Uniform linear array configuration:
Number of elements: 4
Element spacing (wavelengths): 0.75
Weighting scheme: cosine
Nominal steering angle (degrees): -30
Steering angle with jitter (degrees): -30.055
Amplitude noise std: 0.05
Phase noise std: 0.05

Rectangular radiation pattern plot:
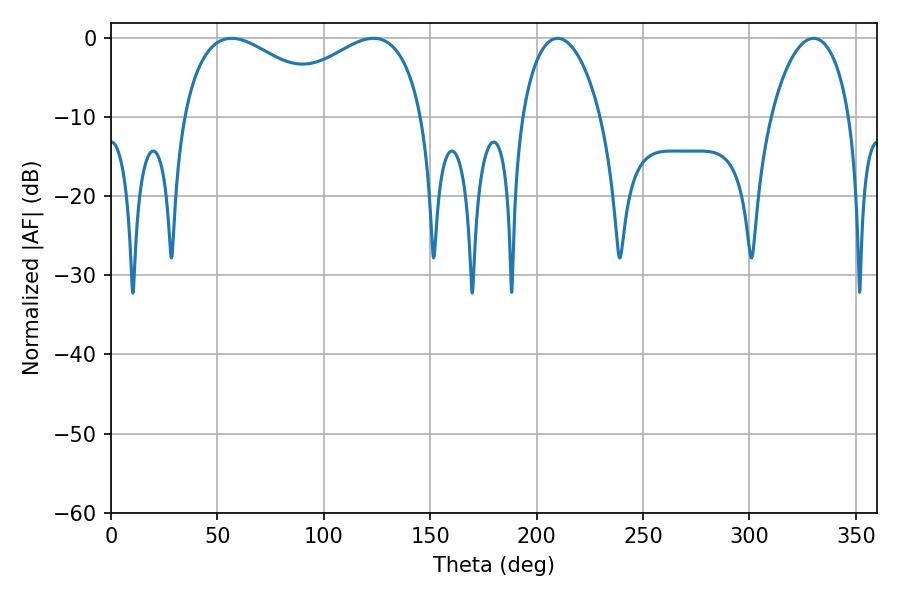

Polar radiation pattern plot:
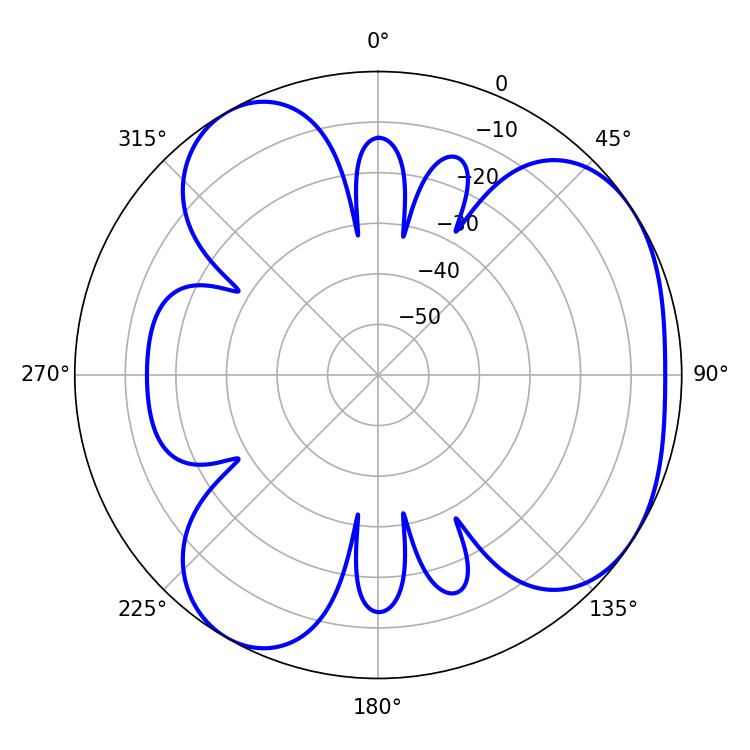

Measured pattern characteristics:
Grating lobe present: TRUE
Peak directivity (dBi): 4.477
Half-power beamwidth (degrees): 21.06
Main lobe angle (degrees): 209.88